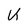
Character: K